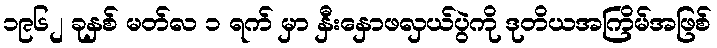
၁၉၆၂ ခုနှစ် မတ်လ ၁ ရက် မှာ နှီးနှောဖလှယ်ပွဲကို ဒုတိယအကြိမ်အဖြစ်